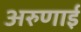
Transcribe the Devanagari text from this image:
अरुणाई